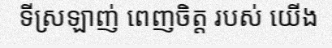
ទីស្រឡាញ់ ពេញចិត្ត របស់ យើង